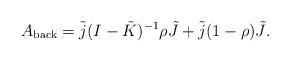
LaTeX: \begin{align*}A_{\rm back}=\tilde j(I-\tilde K)^{-1}\rho\tilde J+\tilde j(1-\rho)\tilde J.\end{align*}